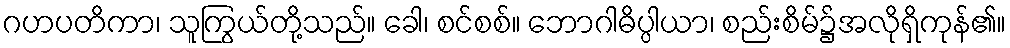
ဂဟပတိကာ၊ သူကြွယ်တို့သည်။ ခေါ၊ စင်စစ်။ ဘောဂါဓိပ္ပါယာ၊ စည်းစိမ်၌အလိုရှိကုန်၏။